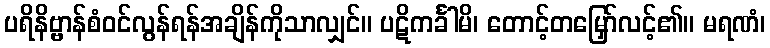
ပရိနိဗ္ဗာန်စံဝင်လွန်ရန်အချိန်ကိုသာလျှင်။ ပဋိကင်္ခါမိ၊ တောင့်တမြှော်လင့်၏။ မရဏံ၊